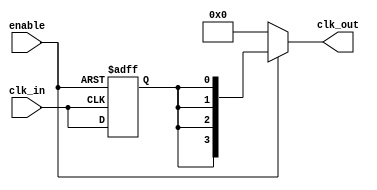
module basic_clock_buffer #(
    parameter NUM_OUTPUTS = 4  // Number of output clock signals
)(
    input wire clk_in,           // Input clock signal
    input wire enable,           // Enable signal
    output reg [NUM_OUTPUTS-1:0] clk_out // Output clock signals
);

    // Internal signal for the gated clock
    reg gated_clk;

    // Gating the input clock based on the enable signal
    always @(posedge clk_in or negedge enable) begin
        if (!enable) begin
            gated_clk <= 1'b0; // Disable clock output when enable is low
        end else begin
            gated_clk <= clk_in; // Pass through the input clock when enabled
        end
    end

    // Driving multiple outputs
    always @(gated_clk) begin
        if (enable) begin
            clk_out <= {NUM_OUTPUTS{gated_clk}}; // Drive all outputs with the gated clock
        end else begin
            clk_out <= {NUM_OUTPUTS{1'b0}}; // Disable all outputs when not enabled
        end
    end

endmodule